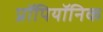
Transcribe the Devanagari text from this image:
प्रॉपियॉनिक